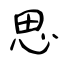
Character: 思